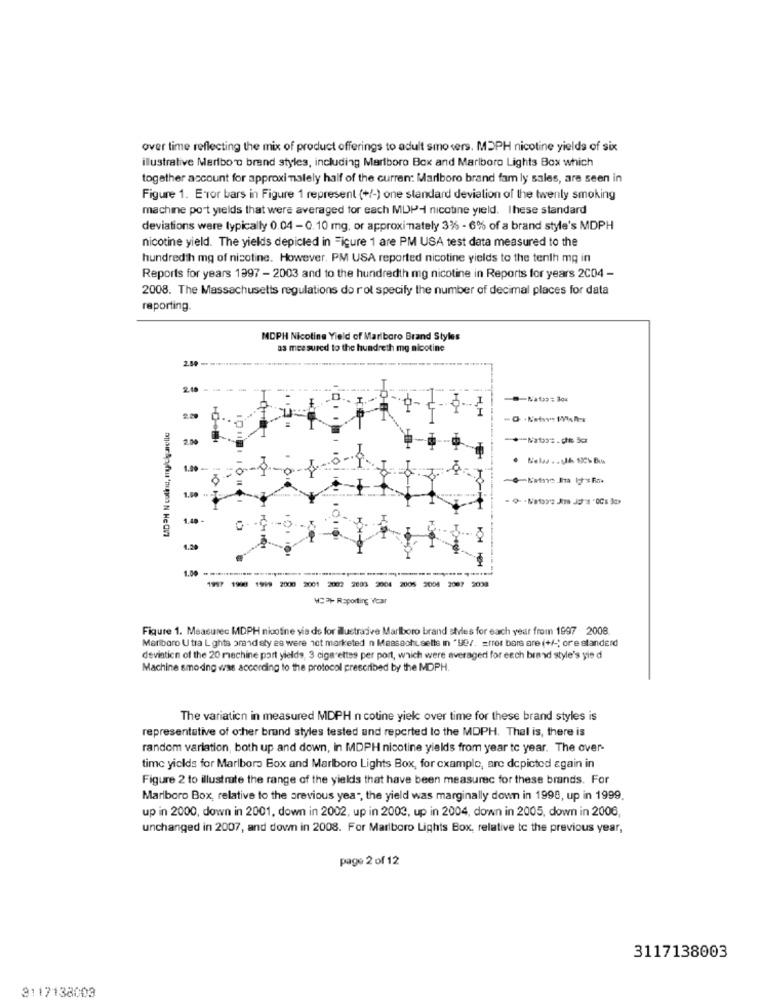
over time reflecting the mix of product offerings to adult smo sers. MDPH nicotine yields of six
illustrative Marlboro brand styles, including Marlboro Box and Marlboro Lights Box which
together account for approximately half of the curren: Marlboro brand fam ly sales, are seen in
Figure 1. E-ror bars in Figure 1 represent (+/-) one standard deviation of the twenty smoking
machine port yields that were averaged for each MDP-1 nicotine yield. These standard
deviations were typically 0.04 - 0.10 mg, or approximately 3% - 6% of a brand style's MDPH
nicotine yield. The yields depicted in Figure 1 are PM USA test data measured to the
hundredth mg of nicotine. However, PM USA reported nicotine yields to the tenth mg in
Reports for years 1997 - 2003 and to the hundredth mg nicotine in Reports for years 2C04 -
2008. The Massachusetts regulations do rol specify the number of decimal places for data
reporting
MDPH Nicotine Yield of Marlboro Brand Styles
as measured to the hundreth mg nicotine
2.50
2.00
1.00 -
1.50
1.48 -
1.20
1.00 *********************
1997 1998 1999 2000 2001 2002 2003 2004 2005 2008 2007 2098
WC Rsporting Year
Figure 1. Measurec MDPH nicotine via ds for ilustracive Marlboro brand styles for each year from 1997 2008
Marlboro U tra Lights brand sty es were ict marketed n Massachusetts in "Ue/. = rror bars are (+/ -; ore standerd
deviation of the 20 machine port yields, 3 cigarettes per port, which were averaged for each brand style's yie d
Machine smo ding was according to the protocol prescribed by the MDPH.
The variation in measured MDPH n cotine yiel over time for these brand styles is
representative of other brand styles tested and reported to the MDPH. Thal is, there is
random variation, both up and down, in MDPH nicotine yields from year tc year. The over-
time yields for Marlboro Box and Marlboro Lights Box, for example, are depicted again in
Figure 2 to illustrate the range of the yields that have been measurec for these brands. For
Marlboro Box, relative to the previous yea", the yield was marginally down in 1998, up in 1999.
up in 2000, down in 2001, down in 2002, up in 2003, up in 2004, down in 2005, down in 2006,
unchanged in 2007, and down in 2008. For Marlboro Lights Box, relative to the previous year,
page 2 of 12
3117138003
3117138003